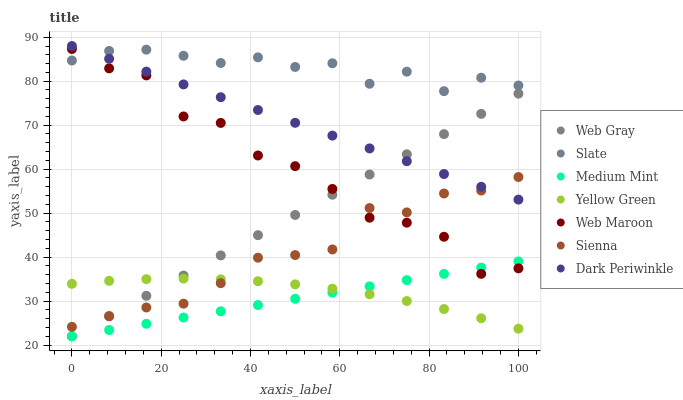
| xaxis_label | Web Gray | Slate | Medium Mint | Yellow Green | Web Maroon | Sienna | Dark Periwinkle |
 | --- | --- | --- | --- | --- | --- | --- | --- |
 | 0 | 22 | 84.7 | 22 | 33.9 | 87.3 | 24.1 | 88 |
 | 8.33 | 26.6 | 86.9 | 23.4 | 34.6 | 82.9 | 26.5 | 85.1 |
 | 16.7 | 31.2 | 87.2 | 24.8 | 35 | 81.3 | 28.5 | 82.2 |
 | 25 | 35.8 | 85.8 | 26.3 | 35.1 | 72 | 29.4 | 79.3 |
 | 33.3 | 40.4 | 84.1 | 27.7 | 34.9 | 70.5 | 34.1 | 76.4 |
 | 41.7 | 45 | 85.4 | 29.1 | 34.5 | 63.1 | 39.9 | 73.4 |
 | 50 | 49.6 | 83.2 | 30.5 | 33.8 | 60.7 | 40.5 | 70.5 |
 | 58.3 | 54.2 | 84.1 | 31.9 | 32.8 | 55.5 | 41.7 | 67.6 |
 | 66.7 | 58.8 | 79.4 | 33.3 | 31.5 | 49 | 51.2 | 64.7 |
 | 75 | 63.4 | 82.2 | 34.8 | 30 | 47.8 | 50.2 | 61.8 |
 | 83.3 | 68 | 77.7 | 36.2 | 28.2 | 44.6 | 54.5 | 58.9 |
 | 91.7 | 72.6 | 80.8 | 37.6 | 26.1 | 36.2 | 55.1 | 56 |
 | 100 | 77.2 | 79 | 39 | 23.7 | 37.4 | 58.2 | 53.1 |